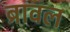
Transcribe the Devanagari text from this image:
ब्रावल